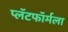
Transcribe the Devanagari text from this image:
प्लॅटफॉर्मला